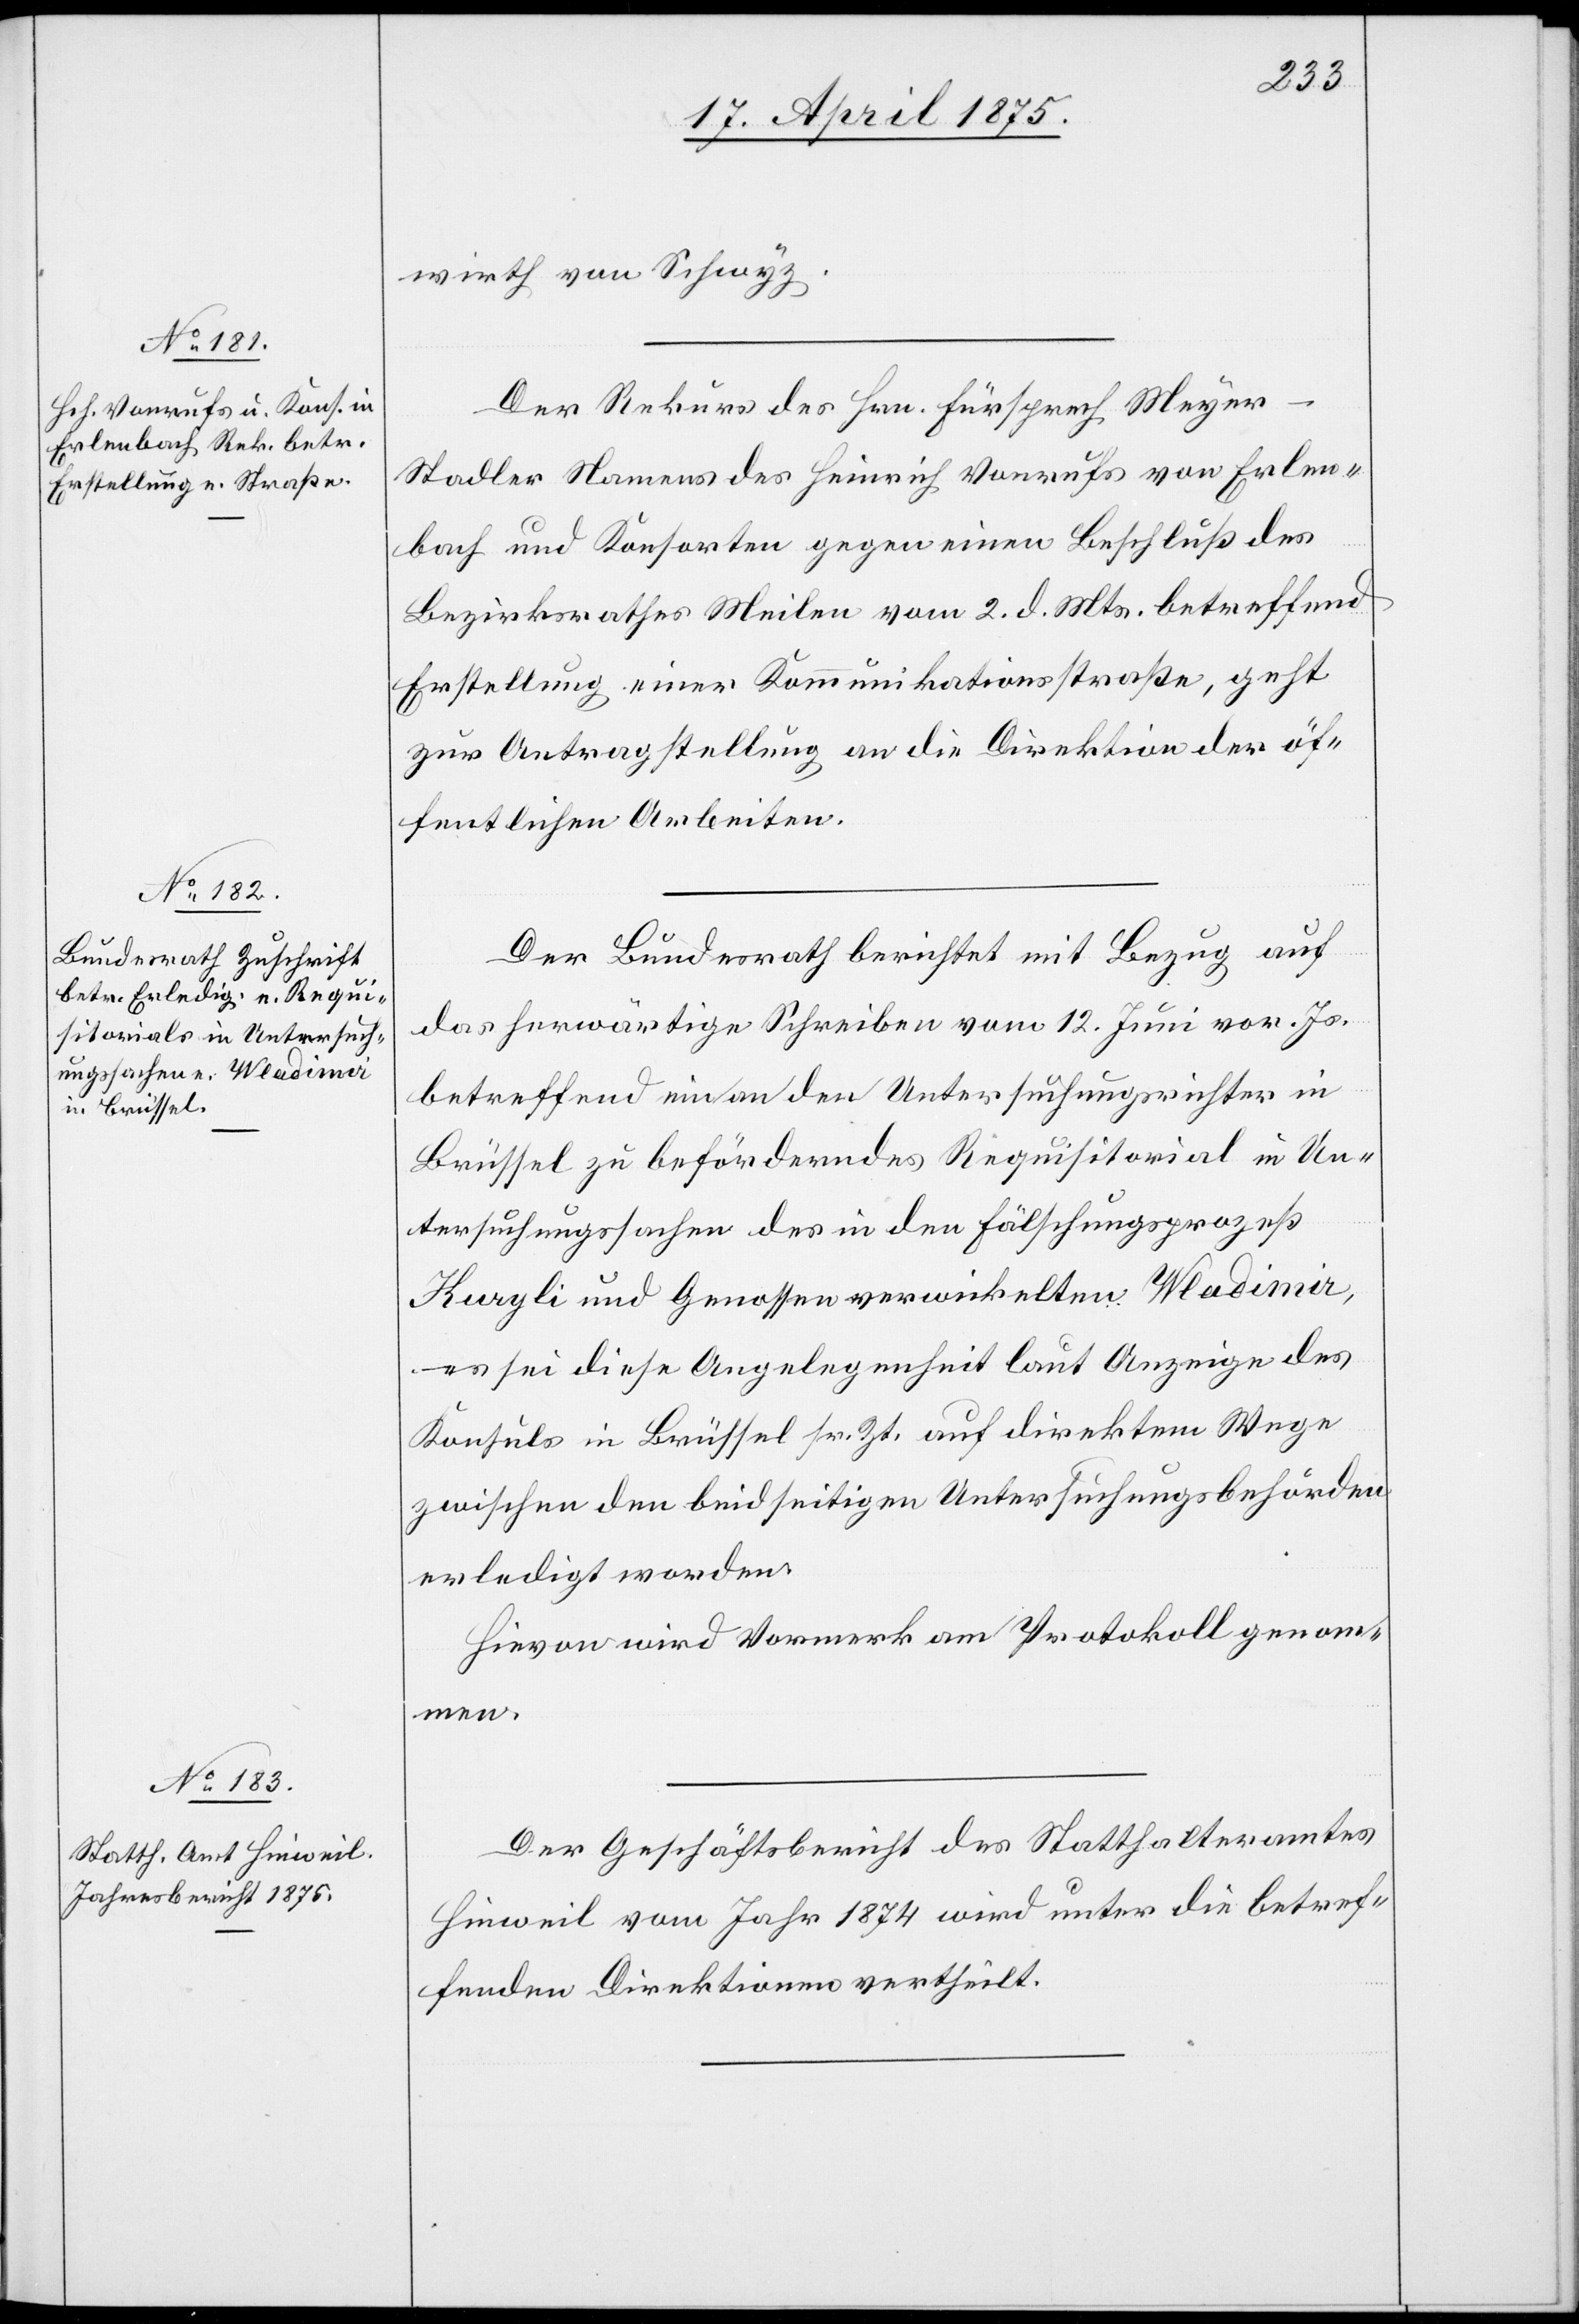
17. April 1875.]
wirth von Schwyz.
Der Rekurs des Hrn. Fürsprech Meye¬
r-Stadler Namens des Heinrich Vonrufs von Erlen¬
bach und Konsorte gegen einen Beschluß des
Bezirksrathes Meilen vom 2. d. Mts. betreffend
Erstellung einer Kommunikationsstraße, geht
zur Antragstellung an die Direktion der öf¬
fentlichen Arbeiten.
Der Bundesrath berichtet mit Bezug auf
das herwärtige Schreiben vom 12. Juni vor. Js.
betreffend ein an den Untersuchungsrichter in
Brüssel zu beförderndes Requisitorial in Un¬
tersuchungssachen des in den Fälschungsprozess
Kurgli und Genossen verwickelten Wladimir,
es sei diese Angelegenheit laut Anzeige des
Konsuls in Brüssel sr. Zt. auf direktem Wege
zwischen den beidseitigen Untersuchungsbehörden
erledigt worden.
Hievon wird Vormerk am Protokoll genom¬
men
Der Geschäftsbericht des Statthalteramtes
Hinweil vom Jahr 1874 wird unter die betref¬
fenden Direktionen vertheilt.